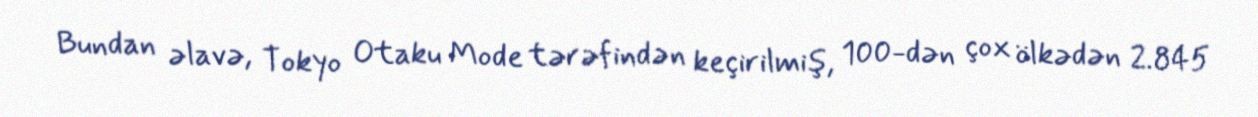
Bundan əlavə, Tokyo Otaku Mode tərəfindən keçirilmiş, 100-dən çox ölkədən 2.845